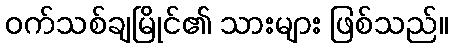
ဝက်သစ်ချမြိုင်၏ သားများ ဖြစ်သည်။